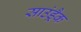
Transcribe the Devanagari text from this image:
साउंड़्रैक